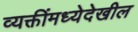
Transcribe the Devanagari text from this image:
व्यक्तींमध्येदेखील